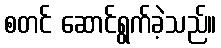
စတင် ဆောင်ရွက်ခဲ့သည်။